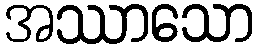
အဿာသော